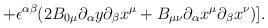
LaTeX: \begin{align*}\hspace{20mm} +\epsilon^{\alpha \beta}(2B_{0 \mu}{\partial_\alpha}{y}{\partial_\beta}{x^\mu}+B_{\mu \nu}{\partial_\alpha}{x^\mu}{\partial_\beta}{x^\nu})].\end{align*}